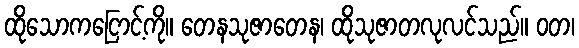
ထိုသောကငြောင့်ကို။ တေနသုဇာတေန၊ ထိုသုဇာတလုလင်သည်။ ဝတ၊